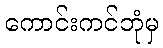
ကောင်းကင်ဘုံမှ